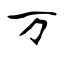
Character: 万